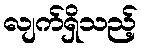
လျက်ရှိသည့်